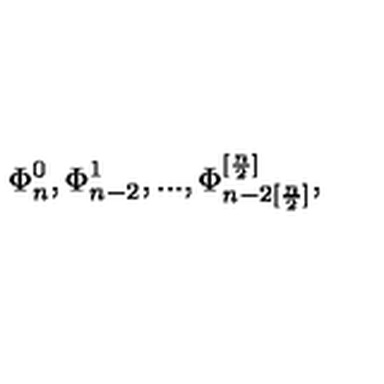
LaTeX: \Phi _ { n } ^ { 0 } , \Phi _ { n - 2 } ^ { 1 } , . . . , \Phi _ { n - 2 [ \frac { n } { 2 } ] } ^ { [ \frac { n } { 2 } ] } ,